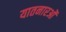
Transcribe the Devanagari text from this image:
यातनारओं